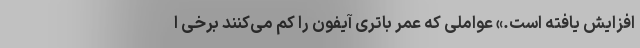
افزایش یافته است.» عواملی که عمر باتری آیفون را کم می‌کنند برخی ا